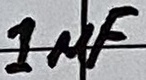
Text: 1µF